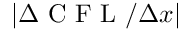
\lvert \Delta \mathrm { ~ C ~ F ~ L ~ } / \Delta x \rvert